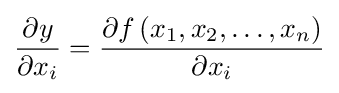
{\frac {\partial y}{\partial x_{i}}}={\frac {\partial f\left(x_{1},x_{2},\ldots ,x_{n}\right)}{\partial x_{i}}}